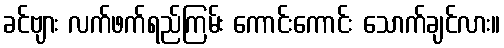
ခင်ဗျား လက်ဖက်ရည်ကြမ်း ကောင်းကောင်း သောက်ချင်လား။